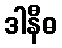
ဒါနီဓ